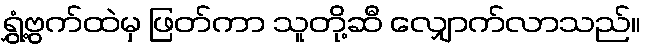
ရွှံ့ဗွက်ထဲမှ ဖြတ်ကာ သူတို့ဆီ လျှောက်လာသည်။